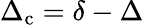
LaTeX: \Delta_{\mathrm{c}}=\delta-\Delta